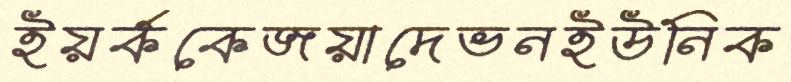
ইয়র্ককেজয়াদেভনইউনিক